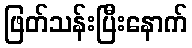
ဖြတ်သန်းပြီးနောက်